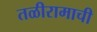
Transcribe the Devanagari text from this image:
तळीरामाची